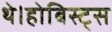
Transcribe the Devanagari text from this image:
थे।होबिस्ट्स